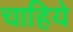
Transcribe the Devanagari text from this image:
चाहिये